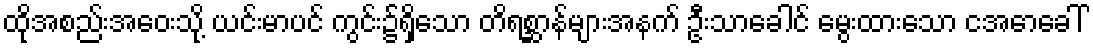
ထိုအစည်းအဝေးသို့ ယင်းမာပင် ကွင်း၌ရှိသော တိရစ္ဆာန်များအနက် ဦးသာခေါင် မွေးထားသော ငအောခေါ်